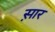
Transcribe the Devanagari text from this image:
स़ार